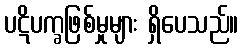
ပဋိပက္ခဖြစ်မှုများ ရှိပေသည်။